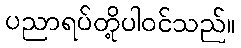
ပညာရပ်တို့ပါဝင်သည်။